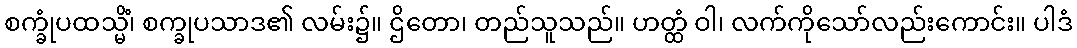
စက္ခုံပထသ္မိံ၊ စက္ခုပသာဒ၏ လမ်း၌။ ဌိတော၊ တည်သူသည်။ ဟတ္ထံ ဝါ၊ လက်ကိုသော်လည်းကောင်း။ ပါဒံ